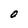
Character: O